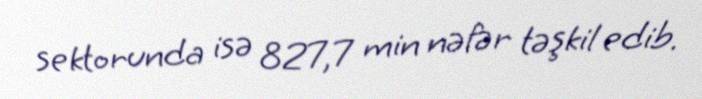
sektorunda isə 827,7 min nəfər təşkil edib.